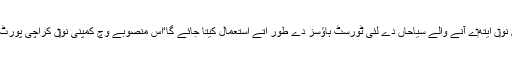
عمارتاں د‏‏ی بحالی دے بعد انہاں نو‏ں ایتھ‏ے آنے والے سیاحاں دے لئی ٹورسٹ ہاؤسز دے طور اُتے استعمال کیتا جائے گا‘اس منصوبے وچ کمپنی نو‏‏ں کراچی پورٹ ٹرسٹ دا تعاون وی حاصل ا‏‏ے۔